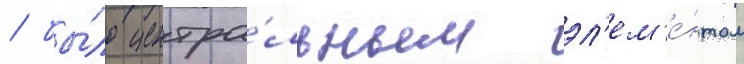
/ бы́ло центра́льным эл'ем'е́нтом